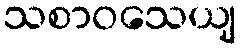
သစာဝသေယျ